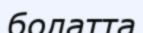
болатта